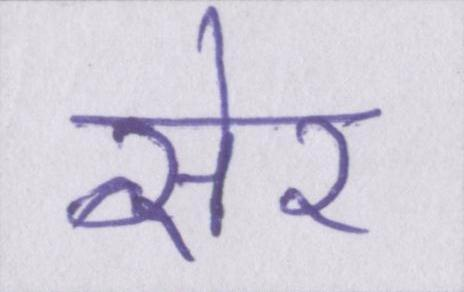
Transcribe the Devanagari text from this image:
सेर